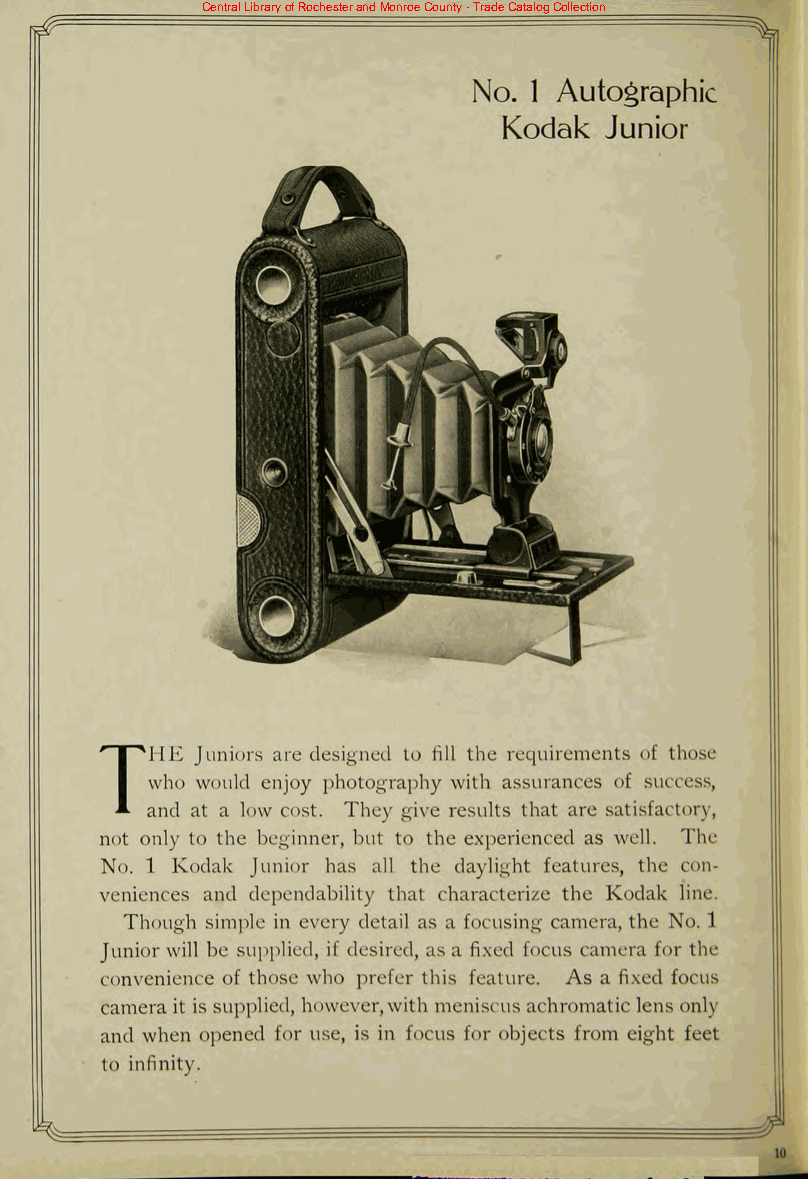
Central Library of Rochester and Monroe County - Trade Catalog Collection
 No. 1 Autographic
 Kodak  Junior
 Juniors are designed to fill the requirements of those
 THE
 who would enjoy photography with assurances of success,
 and at a low cost. They give results that are satisfactory,
 not only to the beginner, but to the experienced as well. The
 No. 1 Kodak Junior has all the daylight features, the con
 veniences and dependability that characterize the Kodak line.
 Though simple in every detail as a focusing camera, the No. 1
 Junior will be supplied, if desired, as a fixed focus camera for the
 convenience of those who prefer this feature. As a fixed focus
 camera it is supplied, however,with meniscus achromatic lens only
 and when opened for use, is in focus for objects from eight feet
 to infinity.